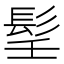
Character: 𩬎